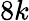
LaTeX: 8k